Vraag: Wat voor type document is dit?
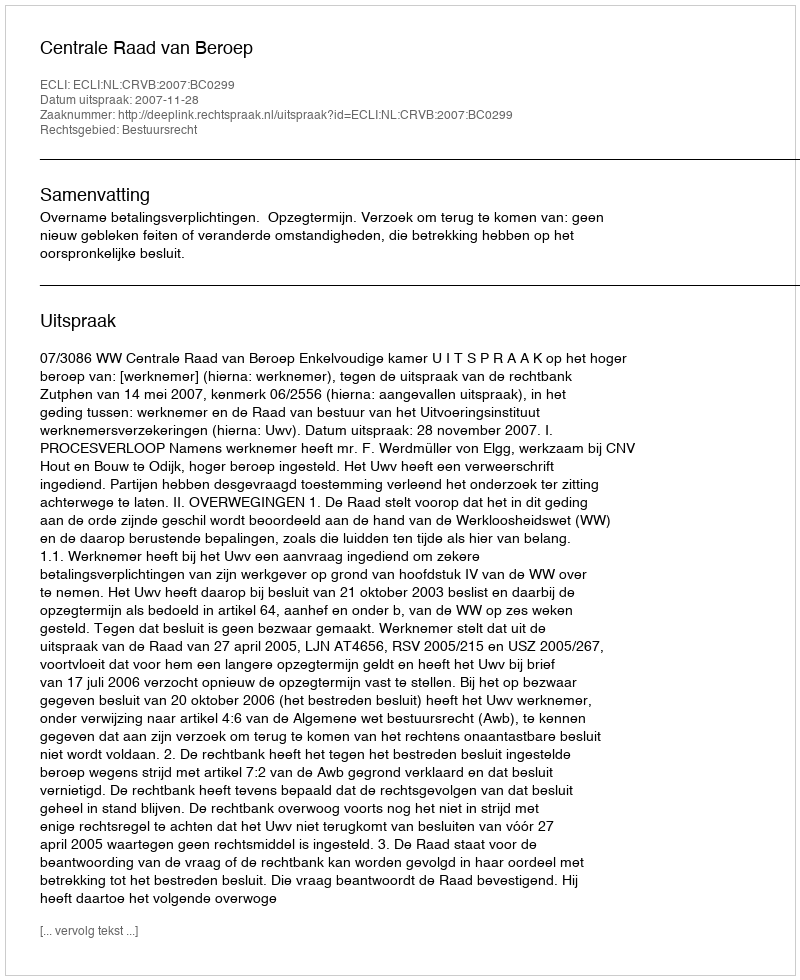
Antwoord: Uitspraak